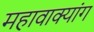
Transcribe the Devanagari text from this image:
महावाक्यांग